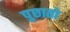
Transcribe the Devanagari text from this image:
पुछातो